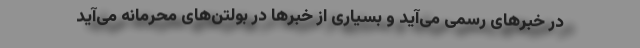
در خبرهای رسمی می‌آید و بسیاری از خبرها در بولتن‌های محرمانه می‌آید